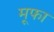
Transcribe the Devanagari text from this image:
मूफा